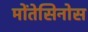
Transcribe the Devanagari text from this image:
मोंतेसिनोस